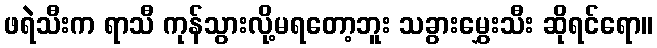
ဖရဲသီးက ရာသီ ကုန်သွားလို့မရတော့ဘူး သခွားမွှေးသီး ဆိုရင်ရော။